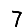
Digit: 7